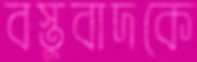
বস্তুবাদকে